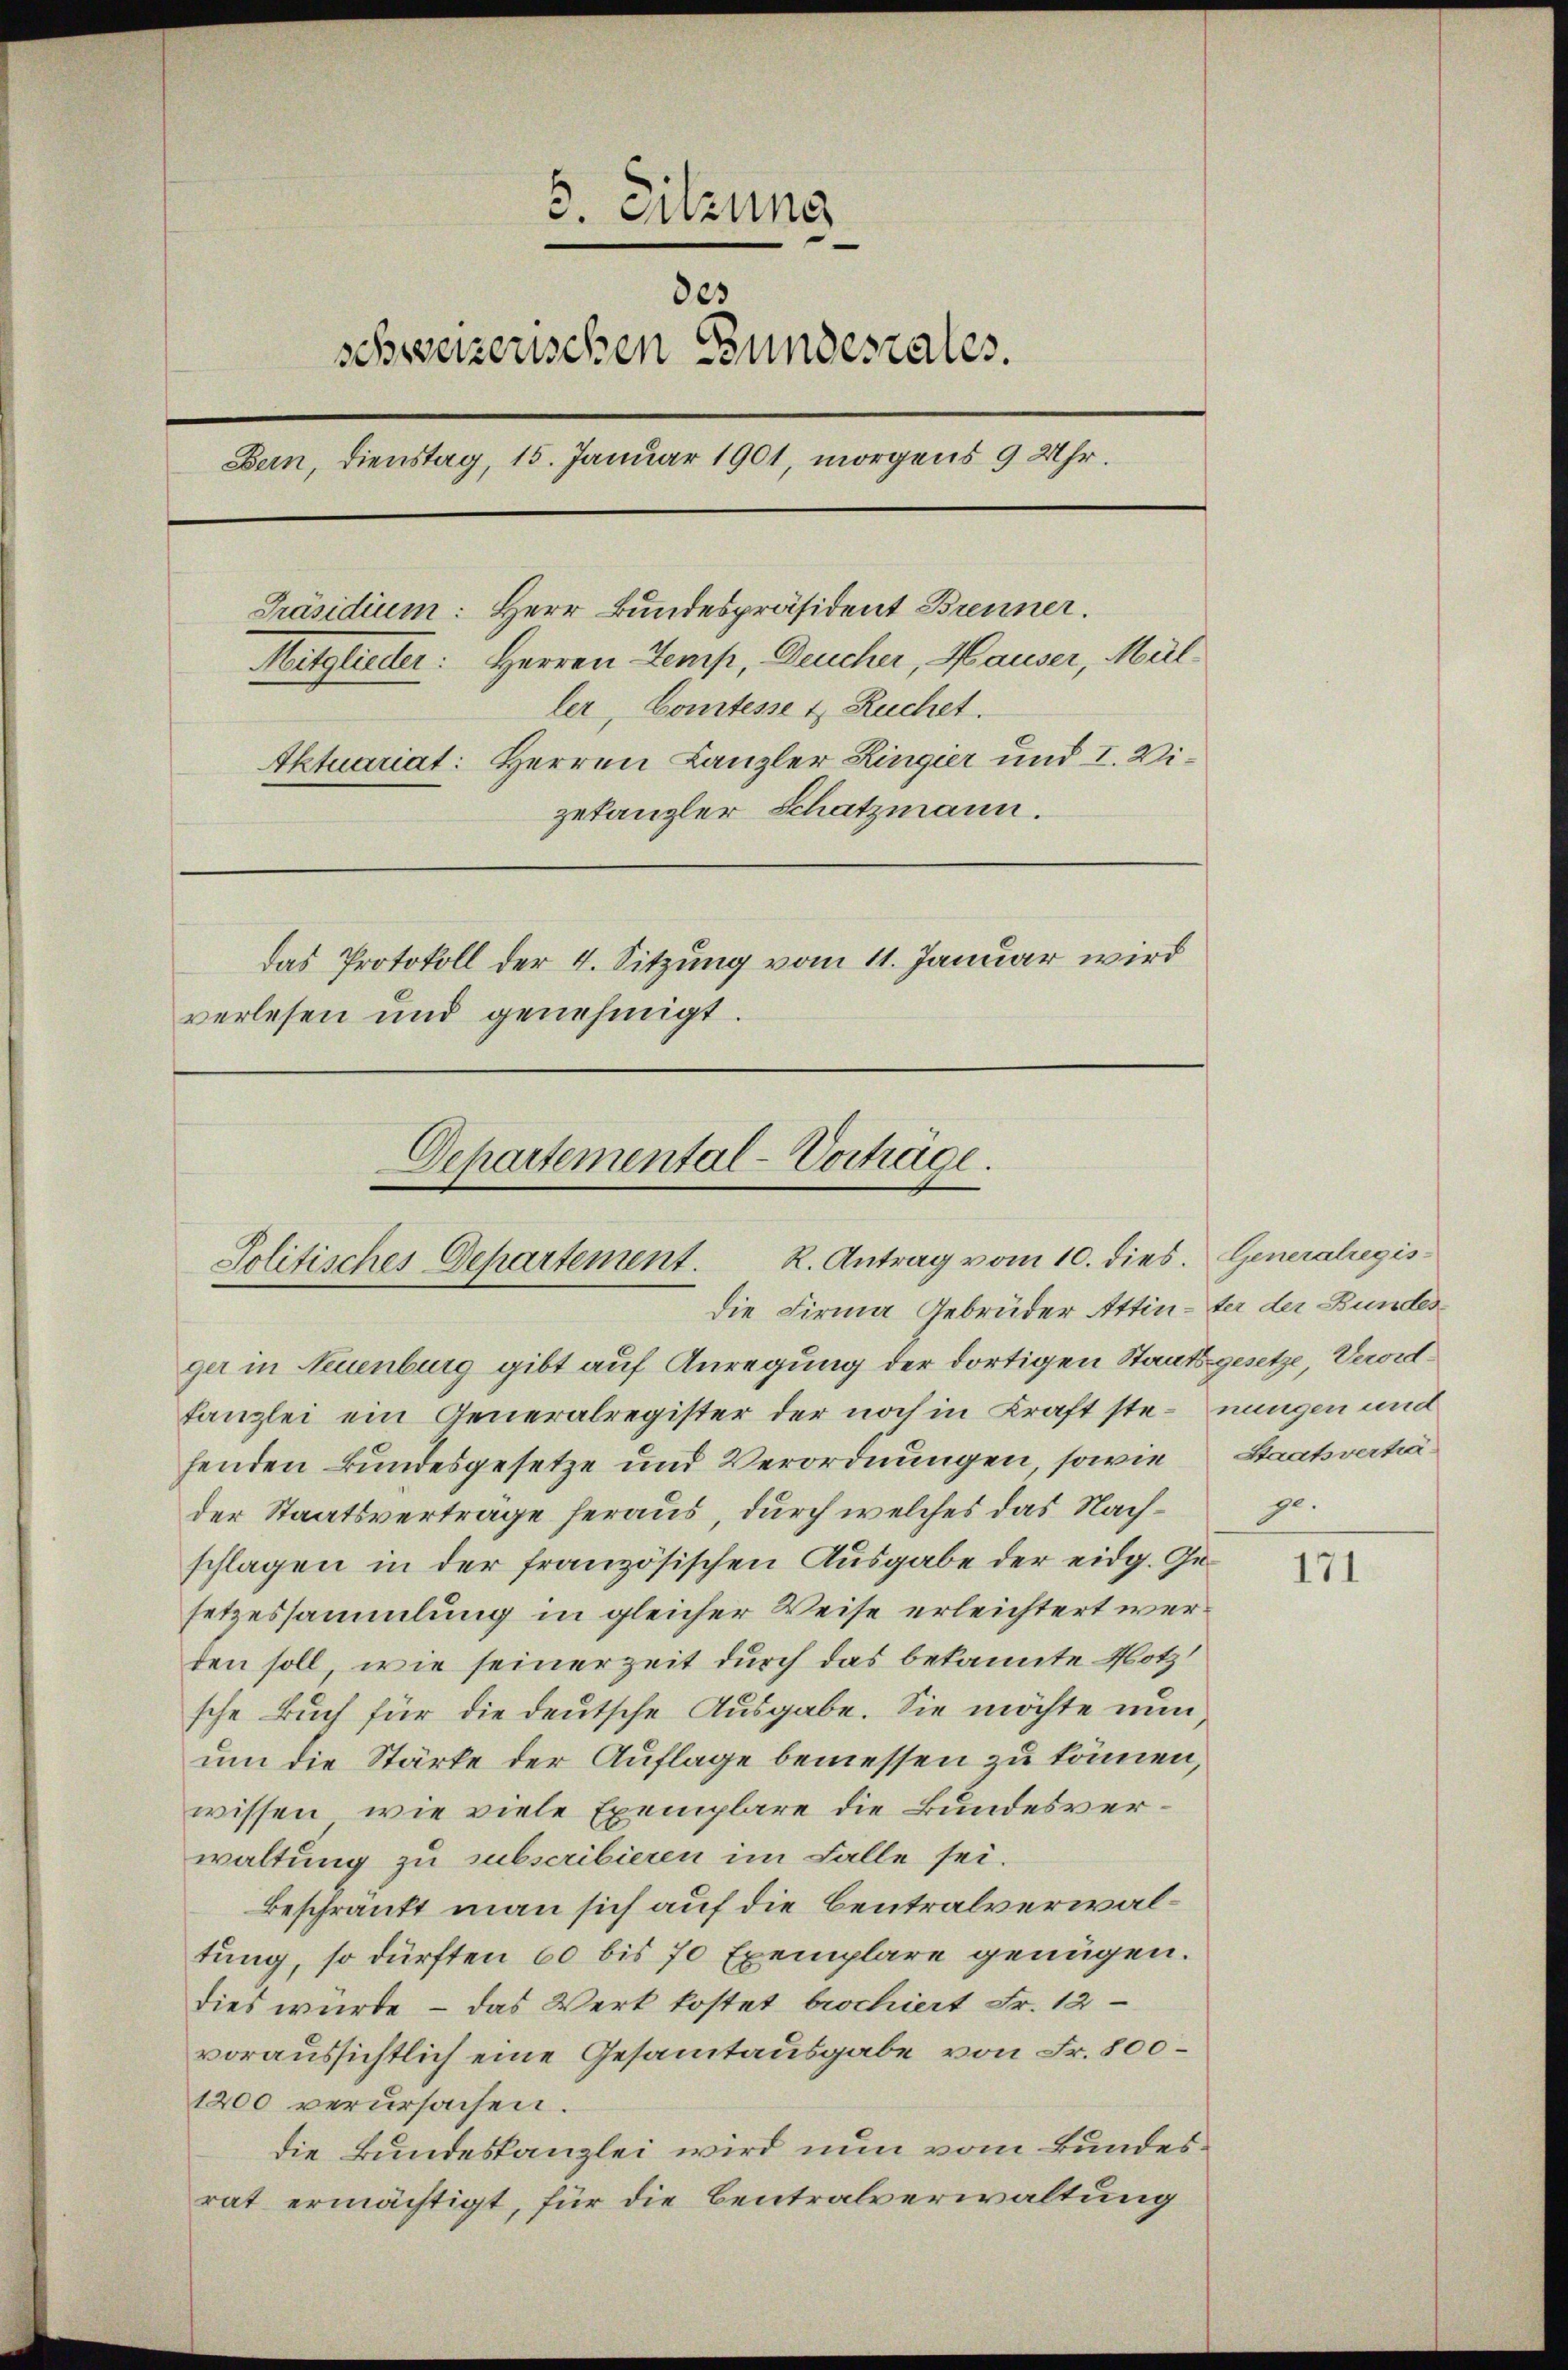
3. Sitzung
des
schweizerischen Bundestales.
Bern, Dienstag, 15. Januar 1901, morgens 9 Uhr.
Präsidium: Herr Bundespräsident Brenner.
Mitglieder: Herren Temp, Deucher, Hauser, Müller, Comtesse & Ruchet.
Aktuariat: Herren Kanzler Ringier und I. Vizekanzler Schatzmann.
das Protokoll der 4. Sitzung vom 11. Januar wird
verlesen und genehmigt.

Departemental-Vorträge.
Solitisches Departement. R. Antrag vom 10. dies. Generalregis

die Firma Gebrüder Attinter der Bundes
ger in Neuenburg gibt auf Anregung der dortigen Staatsgesetze, Verordkanzlei ein Generalregister der noch in Kraft ste-nungen und
henden Bundesgesetze und Verordnungen, sowie
der Staatsvertrage heraus, durch welches das Nachschlagen in der französischen Ausgabe der eidg. Gesetzessammlung in gleicher Weise erleichtert werden soll, wie seinerzeit durch das bekannte Notzsche Buch für die deutsche Ausgabe. Sie möchte nun
um die Stärke der Auflage bemessen zu können,
wissen, wie viele Exemplare die Bundesverwaltung zu subscribieren im Falle sei.
beschränkt man sich auf die Centralverwaltung, so dürften 60 bis 70 Exemplare genügen.
dies würde, – das Werk kostet brochiert Fr. 12
voraussichtlich eine Gesamtausgabe von Fr. 800
1200 verursachen.
die Bundeskanzlei wird nun vom Bundesrat ermächtigt, für die Centralverwaltung

Staatsverha
pr.

171